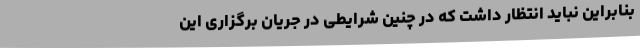
بنابراین نباید انتظار داشت که در چنین شرایطی در جریان برگزاری این